Vaccination returns of the Province of Eastern Bengal and Assam - 1905-1912
Year: 1905
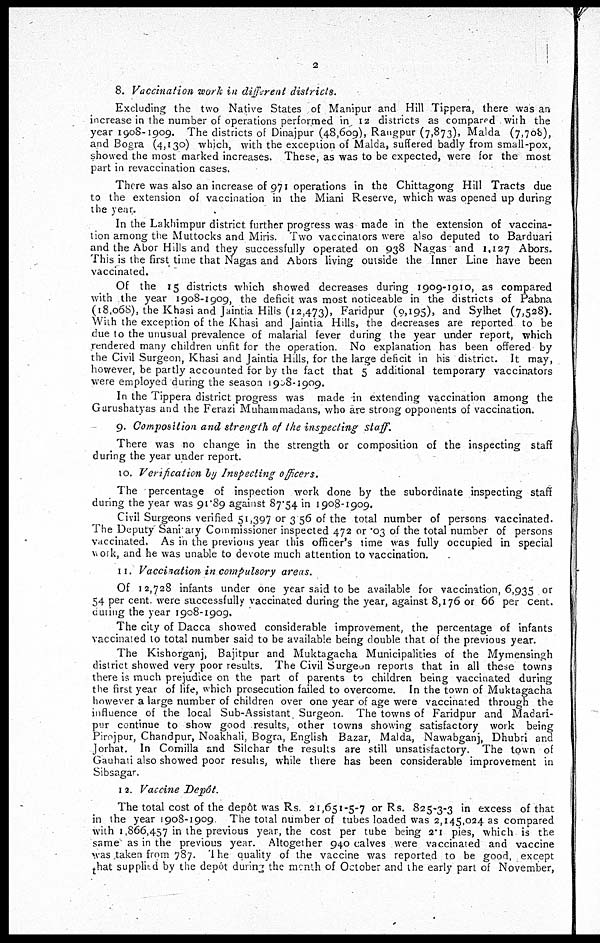
2
8. Vaccination work in different districts.
Excluding the two Native States of Manipur and Hill Tippera, there was an
increase in the number of operations performed in 12 districts as compared with the
year 1908-1909. The districts of Dinajpur (48,609), Rangpur (7,873), Malda (7,708),
and Bogra (4,130) which, with the exception of Malda, suffered badly from small-pox,
showed the most marked increases. These, as was to be expected, were for the most
part in revaccination cases.
There was also an increase of 971 operations in the Chittagong Hill Tracts due
to the extension of vaccination in the Miani Reserve, which was opened up during
the year.
In the Lakhimpur district further progress was made in the extension of vaccina-
tion among the Muttocks and Miris. Two vaccinators were also deputed to Barduari
and the Abor Hills and they successfully operated on 938 Nagas and 1,127 Abors.
This is the first time that Nagas and Abors living outside the Inner Line have been
vaccinated.
Of the 15 districts which showed decreases during 1909-1910, as compared
with the year 1908-1909, the deficit was most noticeable in the districts of Pabna
(18,068), the Khasi and Jaintia Hills (12,473), Faridpur (9,195), and Sylhet (7,528).
With the exception of the Khasi and Jaintia Hills, the decreases are reported to be
due to the unusual prevalence of malarial fever during the year under report, which
rendered many children unfit for the operation. No explanation has been offered by
the Civil Surgeon, Khasi and Jaintia Hills, for the large deficit in his district. It may,
however, be partly accounted for by the fact that 5 additional temporary vaccinators
were employed during the season 1908-1909.
In the Tippera district progress was made in extending vaccination among the
Gurushatyas and the Ferazi Muhammadans, who are strong opponents of vaccination.
9. Composition and strength of the inspecting staff.
There was no change in the strength or composition of the inspecting staff
during the year under report.
10. Verification by Inspecting officers.
The percentage of inspection work done by the subordinate inspecting staff
during the year was 91.89 against 87.54 in 1908-1909.
Civil Surgeons verified 51,397 or 3 56 of the total number of persons vaccinated.
The Deputy Sanitary Commissioner inspected 472 or .03 of the total number of persons
vaccinated. As in the previous year this officer's time was fully occupied in special
work, and he was unable to devote much attention to vaccination.
11. Vaccination in compulsory areas.
Of 12,728 infants under one year said to be available for vaccination, 6,935 or
54 per cent. were successfully vaccinated during the year, against 8,176 or 66 per cent.
during the year 1908-1909.
The city of Dacca showed considerable improvement, the percentage of infants
vaccinated to total number said to be available being double that of the previous year.
The Kishorganj, Bajitpur and Muktagacha Municipalities of the Mymensingh
district showed very poor results. The Civil Surgeon reports that in all these towns
there is much prejudice on the part of parents to children being vaccinated during
the first year of life, which prosecution failed to overcome. In the town of Muktagacha
however a large number of children over one year of age were vaccinated through the
influence of the local Sub-Assistant Surgeon. The towns of Faridpur and Madari-
pur continue to show good results, other towns showing satisfactory work being
Pirojpur, Chandpur, Noakhali, Bogra, English Bazar, Malda, Nawabganj, Dhubri and
Jorhat. In Comilla and Silchar the results are still unsatisfactory. The town of
Gauhati also showed poor results, while there has been considerable improvement in
Sibsagar.
12. Vaccine Depôt.
The total cost of the depôt was Rs. 21,651-5-7 or Rs. 825-3-3 in excess of that
in the year 1908-1909 The total number of tubes loaded was 2,145,024 as compared
with 1,866,457 in the previous year, the cost per tube being 2.1 pies, which is the
same' as in the previous year. Altogether 940 calves were vaccinated and vaccine
was taken from 787. The quality of the vaccine was reported to be good, except
that supplied by the depôt during the month of October and the early part of November,